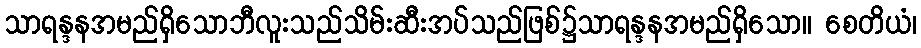
သာရန္ဒနအမည်ရှိသောဘီလူးသည်သိမ်းဆီးအပ်သည်ဖြစ်၌သာရန္ဒနအမည်ရှိသော။ စေတိယံ၊